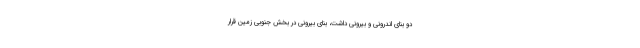
دو بنای اندرونی و بیرونی داشت، بنای بیرونی در بخش جنوبی زمین قرار